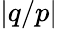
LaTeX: |q/p|